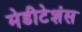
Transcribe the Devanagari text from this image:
मेडीटेशंस